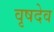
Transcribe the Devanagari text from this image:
वृषदेव